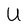
Character: U